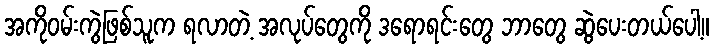
အကိုဝမ်းကွဲဖြစ်သူက ရလာတဲ့ အလုပ်တွေကို ဒရောရင်းတွေ ဘာတွေ ဆွဲပေးတယ်ပေါ့။